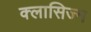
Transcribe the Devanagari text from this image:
क्लासिज्म